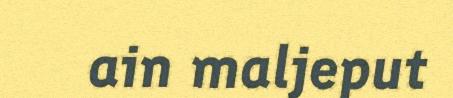
ain maljeput